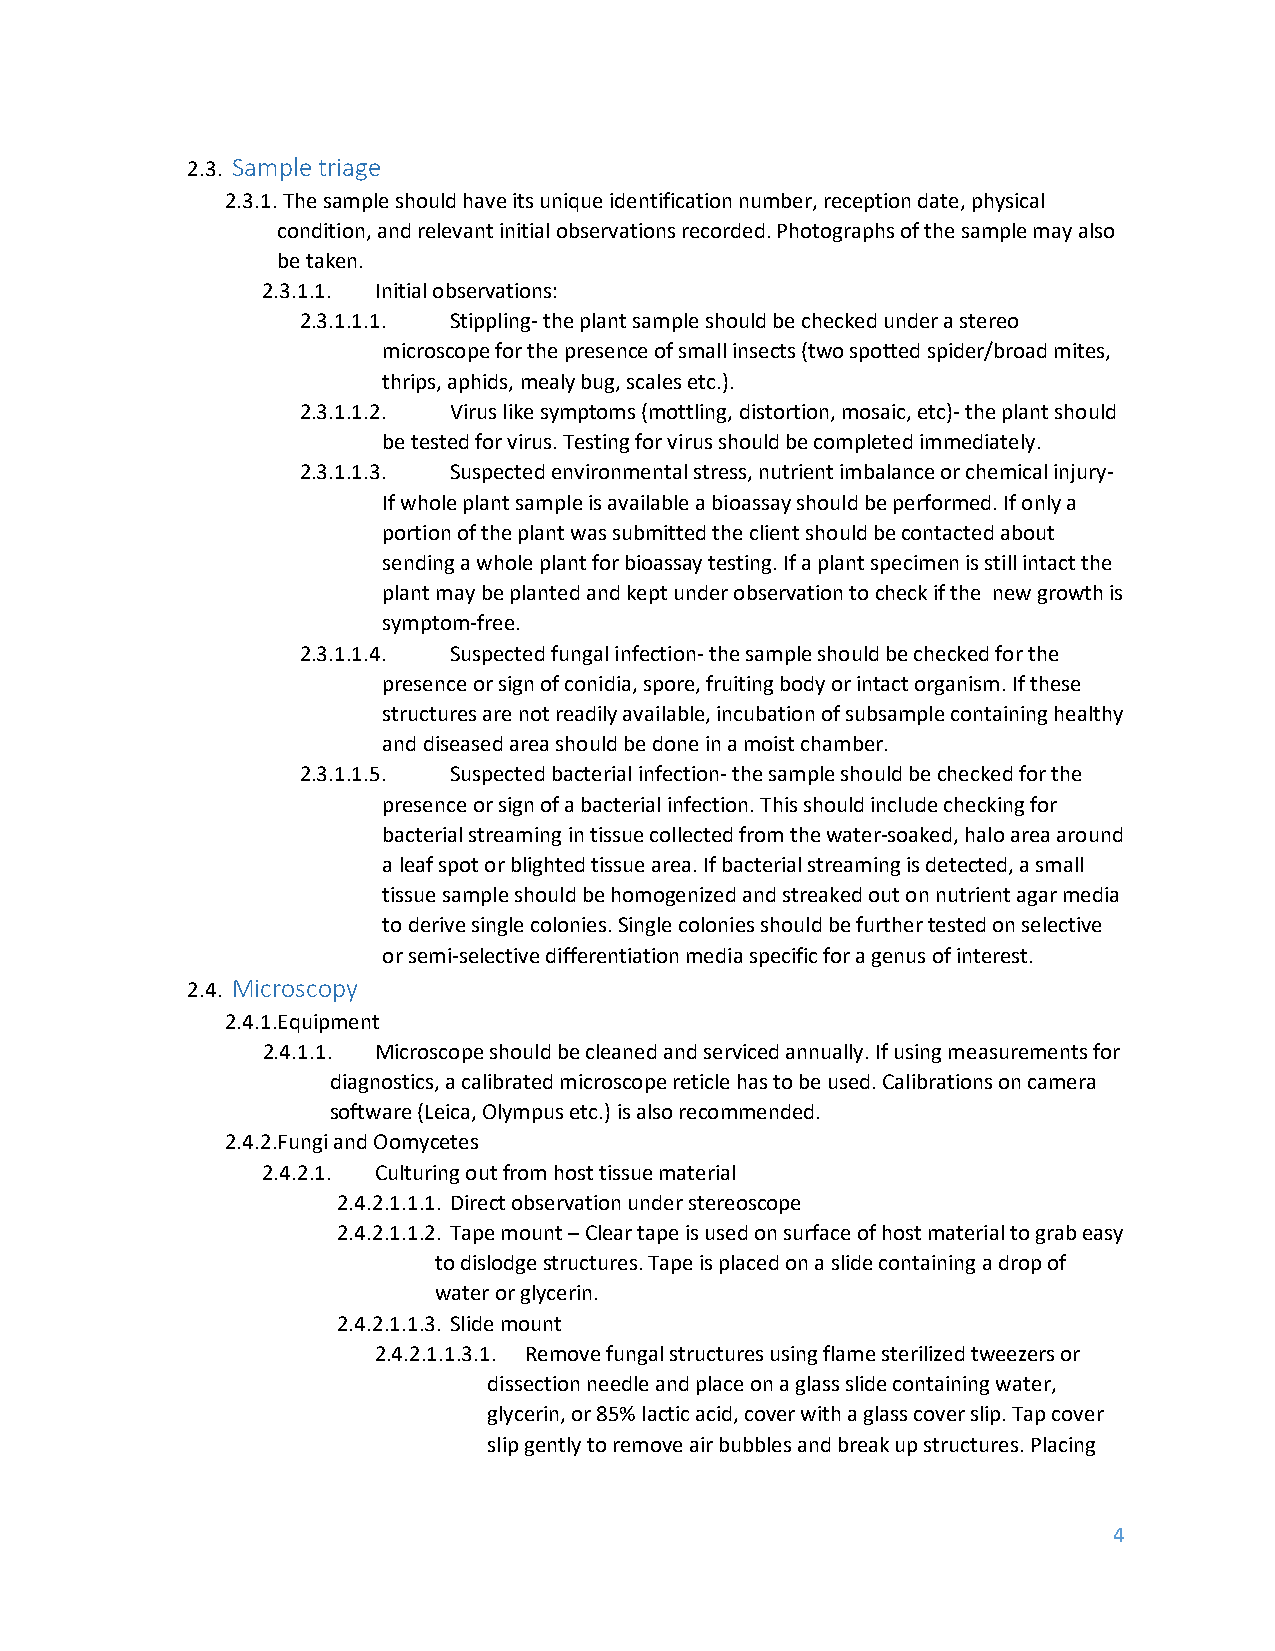
2.3. Sample triage
 2.3.1. The sample should have its unique identification number, reception date, physical
 condition, and relevant initial observations recorded. Photographs of the sample may also
 be taken.
 2.3.1.1. Initial observations:
 2.3.1.1.1. Stippling- the plant sample should be checked under a stereo
 microscope for the presence of small insects (two spotted spider/broad mites,
 thrips, aphids, mealy bug, scales etc.).
 2.3.1.1.2. Virus like symptoms (mottling, distortion, mosaic, etc)- the plant should
 be tested for virus. Testing for virus should be completed immediately.
 2.3.1.1.3. Suspected environmental stress, nutrient imbalance or chemical injury-
 If whole plant sample is available a bioassay should be performed. If only a
 portion of the plant was submitted the client should be contacted about
 sending a whole plant for bioassay testing. If a plant specimen is still intact the
 plant may be planted and kept under observation to check if the new growth is
 symptom-free.
 2.3.1.1.4. Suspected fungal infection- the sample should be checked for the
 presence or sign of conidia, spore, fruiting body or intact organism. If these
 structures are not readily available, incubation of subsample containing healthy
 and diseased area should be done in a moist chamber.
 2.3.1.1.5. Suspected bacterial infection- the sample should be checked for the
 presence or sign of a bacterial infection. This should include checking for
 bacterial streaming in tissue collected from the water-soaked, halo area around
 a leaf spot or blighted tissue area. If bacterial streaming is detected, a small
 tissue sample should be homogenized and streaked out on nutrient agar media
 to derive single colonies. Single colonies should be further tested on selective
 or semi-selective differentiation media specific for a genus of interest.
 2.4. Microscopy
 2.4.1. Equipment
 2.4.1.1. Microscope should be cleaned and serviced annually. If using measurements for
 diagnostics, a calibrated microscope reticle has to be used. Calibrations on camera
 software (Leica, Olympus etc.) is also recommended.
 2.4.2. Fungi and Oomycetes
 2.4.2.1. Culturing out from host tissue material
 2.4.2.1.1.1. Direct observation under stereoscope
 2.4.2.1.1.2. Tape mount – Clear tape is used on surface of host material to grab easy
 to dislodge structures. Tape is placed on a slide containing a drop of
 water or glycerin.
 2.4.2.1.1.3. Slide mount
 2.4.2.1.1.3.1. Remove fungal structures using flame sterilized tweezers or
 dissection needle and place on a glass slide containing water,
 glycerin, or 85% lactic acid, cover with a glass cover slip. Tap cover
 slip gently to remove air bubbles and break up structures. Placing
 4